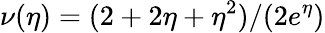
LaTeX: \nu(\eta)=(2+2\eta+\eta^{2})/(2e^{\eta})